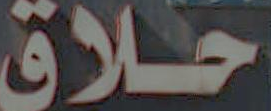
حلاق